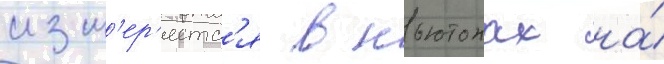
изм'ер'яетс'я в ньютонах на́